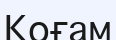
Коғам